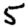
Digit: 5